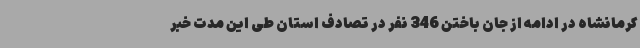
کرمانشاه در ادامه از جان باختن 346 نفر در تصادف استان طی این مدت خبر